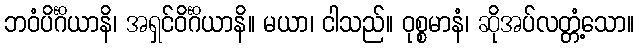
ဘဝံပိင်္ဂိယာနိ၊ အရှင်ဝိင်္ဂိယာနိ။ မယာ၊ ငါသည်။ ဝုစ္စမာနံ၊ ဆိုအပ်လတ္တံ့သော။